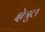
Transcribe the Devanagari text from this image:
क्षेत्रुल